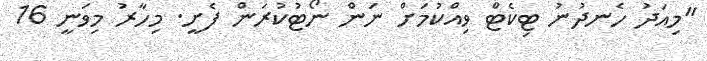
"މިއަދު ހެނދުނު ޓިކެޓް ވިއްކުމަށް ނަން ނޯޓުކުރަން ފެށީ. މިހާރު މިވަނީ 16